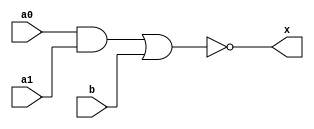
// This program was cloned from: https://github.com/emu-russia/breaks
// License: Creative Commons Zero v1.0 Universal

// Ordinary 2-and to or inverted (AOI-21)

module aoi (a0, a1, b, x);

	input a0;
	input a1;
	input b;
	output x;

	nor (x, a0 & a1, b);

endmodule // aoi